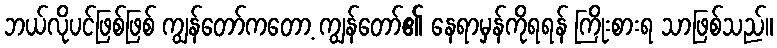
ဘယ်လိုပင်ဖြစ်ဖြစ် ကျွန်တော်ကတော့ ကျွန်တော်၏ နေရာမှန်ကိုရရန် ကြိုးစားရ သာဖြစ်သည်။